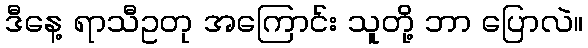
ဒီနေ့ ရာသီဥတု အကြောင်း သူတို့ ဘာ ပြောလဲ။